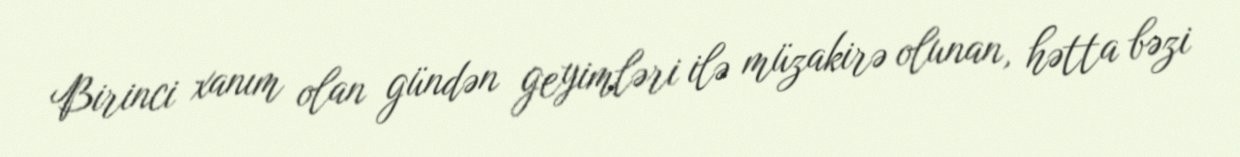
Birinci xanım olan gündən geyimləri ilə müzakirə olunan, hətta bəzi